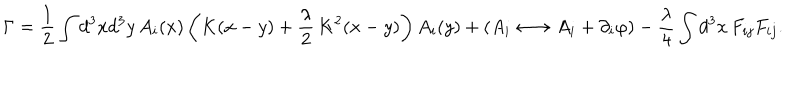
LaTeX: \Gamma = \frac { 1 } { 2 } \int d ^ { 3 } x d ^ { 3 } y \, A _ { i } ( x ) \left( K ( x - y ) + \frac { \lambda } { 2 } \, K ^ { 2 } ( x - y ) \right) A _ { i } ( y ) + ( A _ { i } \longleftrightarrow A _ { i } + \partial _ { i } \varphi ) - \frac { \lambda } { 4 } \int d ^ { 3 } x \, F _ { i j } F _ { i j } .